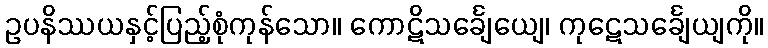
ဥပနိဿယနှင့်ပြည့်စုံကုန်သော။ ကောဋိသင်္ချေယျေ၊ ကုဋေသင်္ချေယျကို။